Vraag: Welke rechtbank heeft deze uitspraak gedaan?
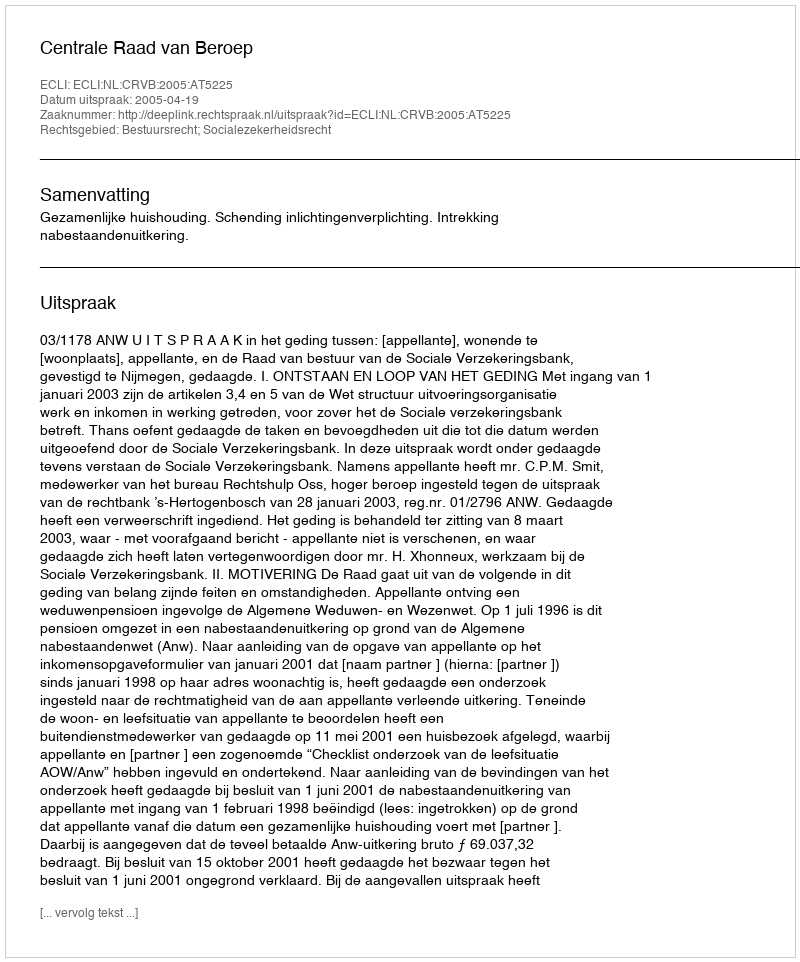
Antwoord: Centrale Raad van Beroep